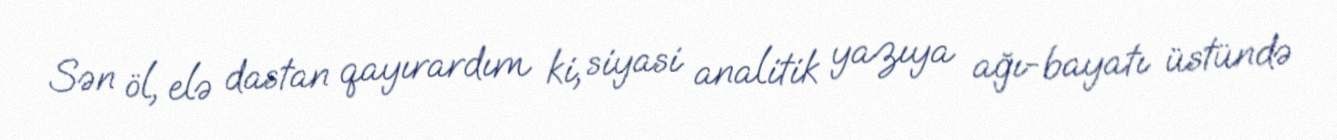
Sən öl, elə dastan qayırardım ki, siyasi analitik yazıya ağı-bayatı üstündə